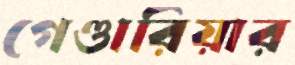
গেণ্ডারিয়ার